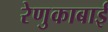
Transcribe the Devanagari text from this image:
रेणुकाबाई